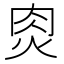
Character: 𰞎